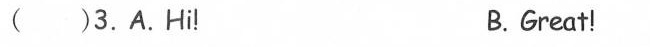
( )3.A.Hi! B.Great!